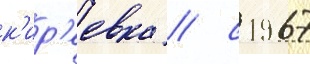
к'ир'еевка / с 1967